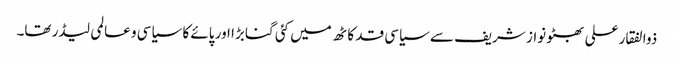
ذوالفقار علی بھٹو نواز شریف سے سیاسی قد کاٹھ میں کئی گنا بڑا اور پائے کا سیاسی و عالمی لیڈر تھا۔